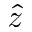
\hat { z }